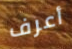
أعرف